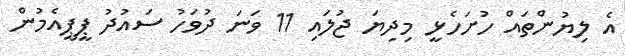
އެ ލިޔުންތައް ހުށަހެޅީ މިދިޔަ ޖުލައި 11 ވަނަ ދުވަހު ސައުދު ޕީޕީއެމުން